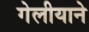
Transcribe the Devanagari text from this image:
गेलीयाने